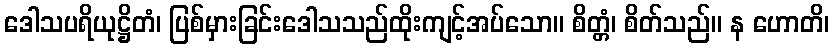
ဒေါသပရိယုဋ္ဌိတံ၊ ပြစ်မှားခြင်းဒေါသသည်ထိုးကျင့်အပ်သော။ စိတ္တံ၊ စိတ်သည်။ န ဟောတိ၊